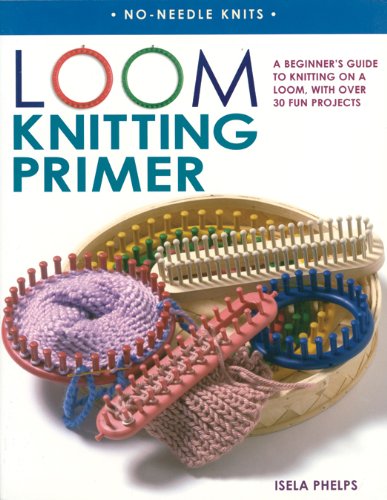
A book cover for Loom Knitting Primer: A Beginner's Guide to Knitting on a Loom, with Over 30 Fun Projects (No-Needle Knits); Isela Phelps; Crafts, Hobbies & Home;